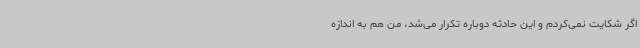
اگر شکایت نمی‌کردم و این حادثه دوباره تکرار می‌شد، من هم به اندازه